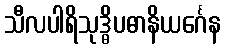
သီလပါရိသုဒ္ဓိပဓာနိယင်္ဂေန